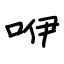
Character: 咿